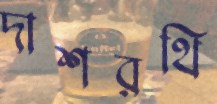
দাশরথি